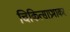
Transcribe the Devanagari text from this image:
चिकित्साप्रभाकर